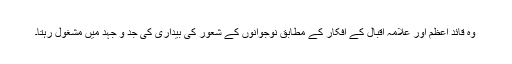
وہ قائد اعظم اور علامہ اقبال کے اَفکار کے مطابق نوجوانوں کے شعور کی بیداری کی جد و جہد میں مشغول رہتا۔